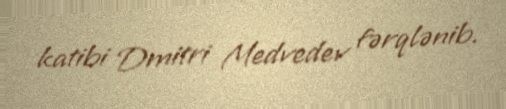
katibi Dmitri Medvedev fərqlənib.